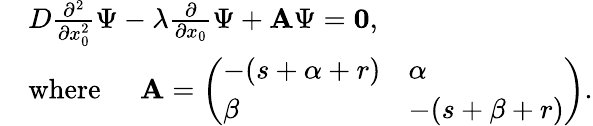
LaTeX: \begin{array}{rl}&{D\frac{\partial^{2}}{\partial x_{0}^{2}}\Psi-\lambda\frac{\partial}{\partial x_{0}}\Psi+\textbf{A}\Psi=\mathbf{0},}\\ &{\mathrm{where}\; \; \; \; \; \textbf{A}=\left(\begin{array}{ll}{-(s+\alpha+r)}&{\alpha}\\ {\beta}&{-(s+\beta+r)}\end{array}\right).}\end{array}